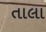
તાલા